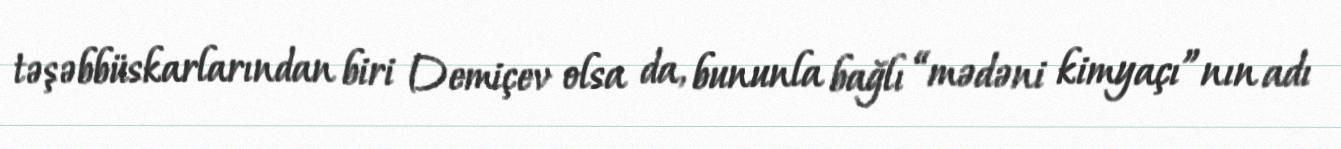
təşəbbüskarlarından biri Demiçev olsa da, bununla bağlı “mədəni kimyaçı”nın adı